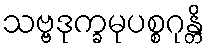
သဗ္ဗဒုက္ခမုပစ္စဂုန္တိ